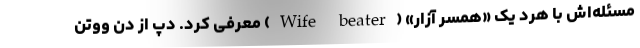
مسئله‌اش با هرد یک «همسر آزار» (Wife beater) معرفی کرد. دپ از دن ووتن